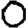
Digit: 0